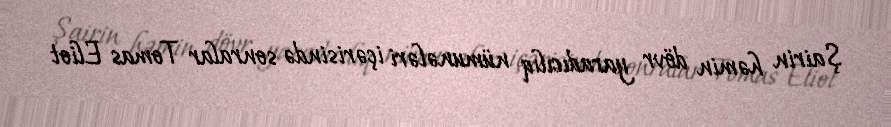
Şairin həmin dövr yaradıcılıq nümunələri içərisində sonralar Tomas Eliot